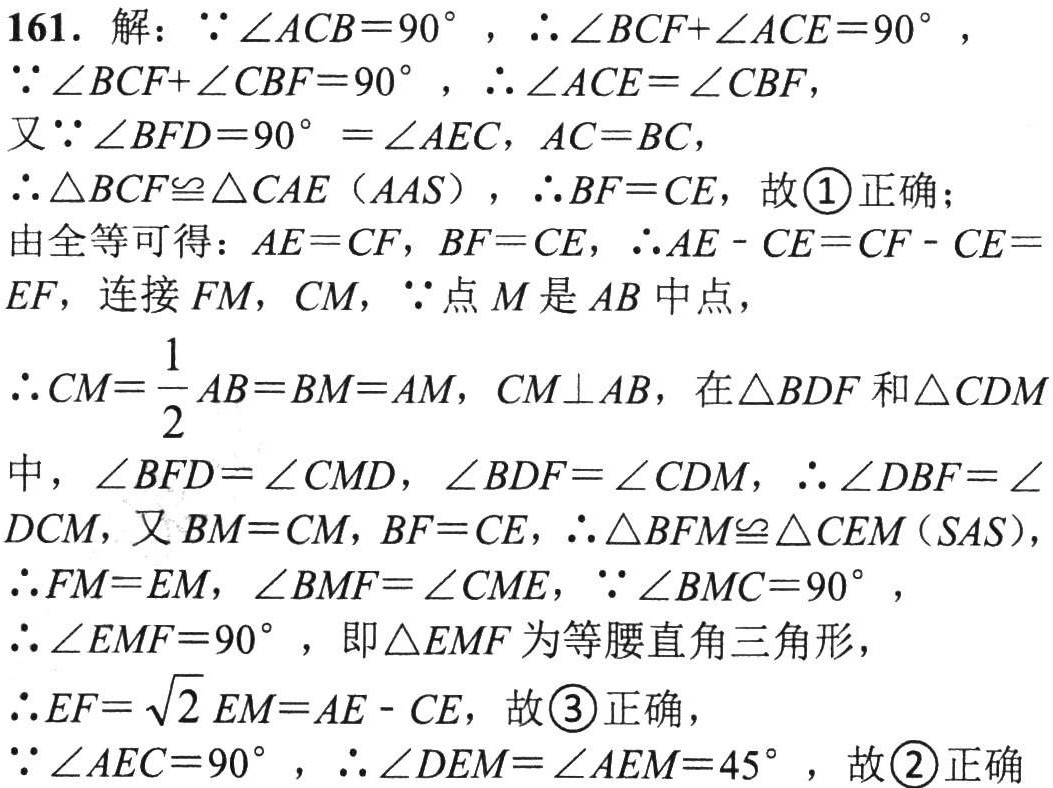
161. 解：$\because\angle ACB = 90^{\circ}$，$\therefore\angle BCF+\angle ACE = 90^{\circ}$，
$\because\angle BCF+\angle CBF = 90^{\circ}$，$\therefore\angle ACE=\angle CBF$，
又$\because\angle BFD = 90^{\circ}=\angle AEC$，$AC = BC$，
$\therefore\triangle BCF\cong\triangle CAE（AAS）$，$\therefore BF = CE$，故\textcircled{1}正确；
由全等可得：$AE = CF$，$BF = CE$，$\therefore AE - CE=CF - CE =
EF$，连接$FM$，$CM$，$\because$点$M$是$AB$中点，
$\therefore CM=\dfrac{1}{2}AB = BM = AM$，$CM\perp AB$，在$\triangle BDF$和$\triangle CDM$
中，$\angle BFD=\angle CMD$，$\angle BDF=\angle CDM$，$\therefore\angle DBF=\angle
DCM$，又$BM = CM$，$BF = CE$，$\therefore\triangle BFM\cong\triangle CEM（SAS）$，
$\therefore FM = EM$，$\angle BMF=\angle CME$，$\because\angle BMC = 90^{\circ}$，
$\therefore\angle EMF = 90^{\circ}$，即$\triangle EMF$为等腰直角三角形，
$\therefore EF=\sqrt{2}EM=AE - CE$，故\textcircled{3}正确，
$\because\angle AEC = 90^{\circ}$，$\therefore\angle DEM=\angle AEM = 45^{\circ}$，故\textcircled{2}正确